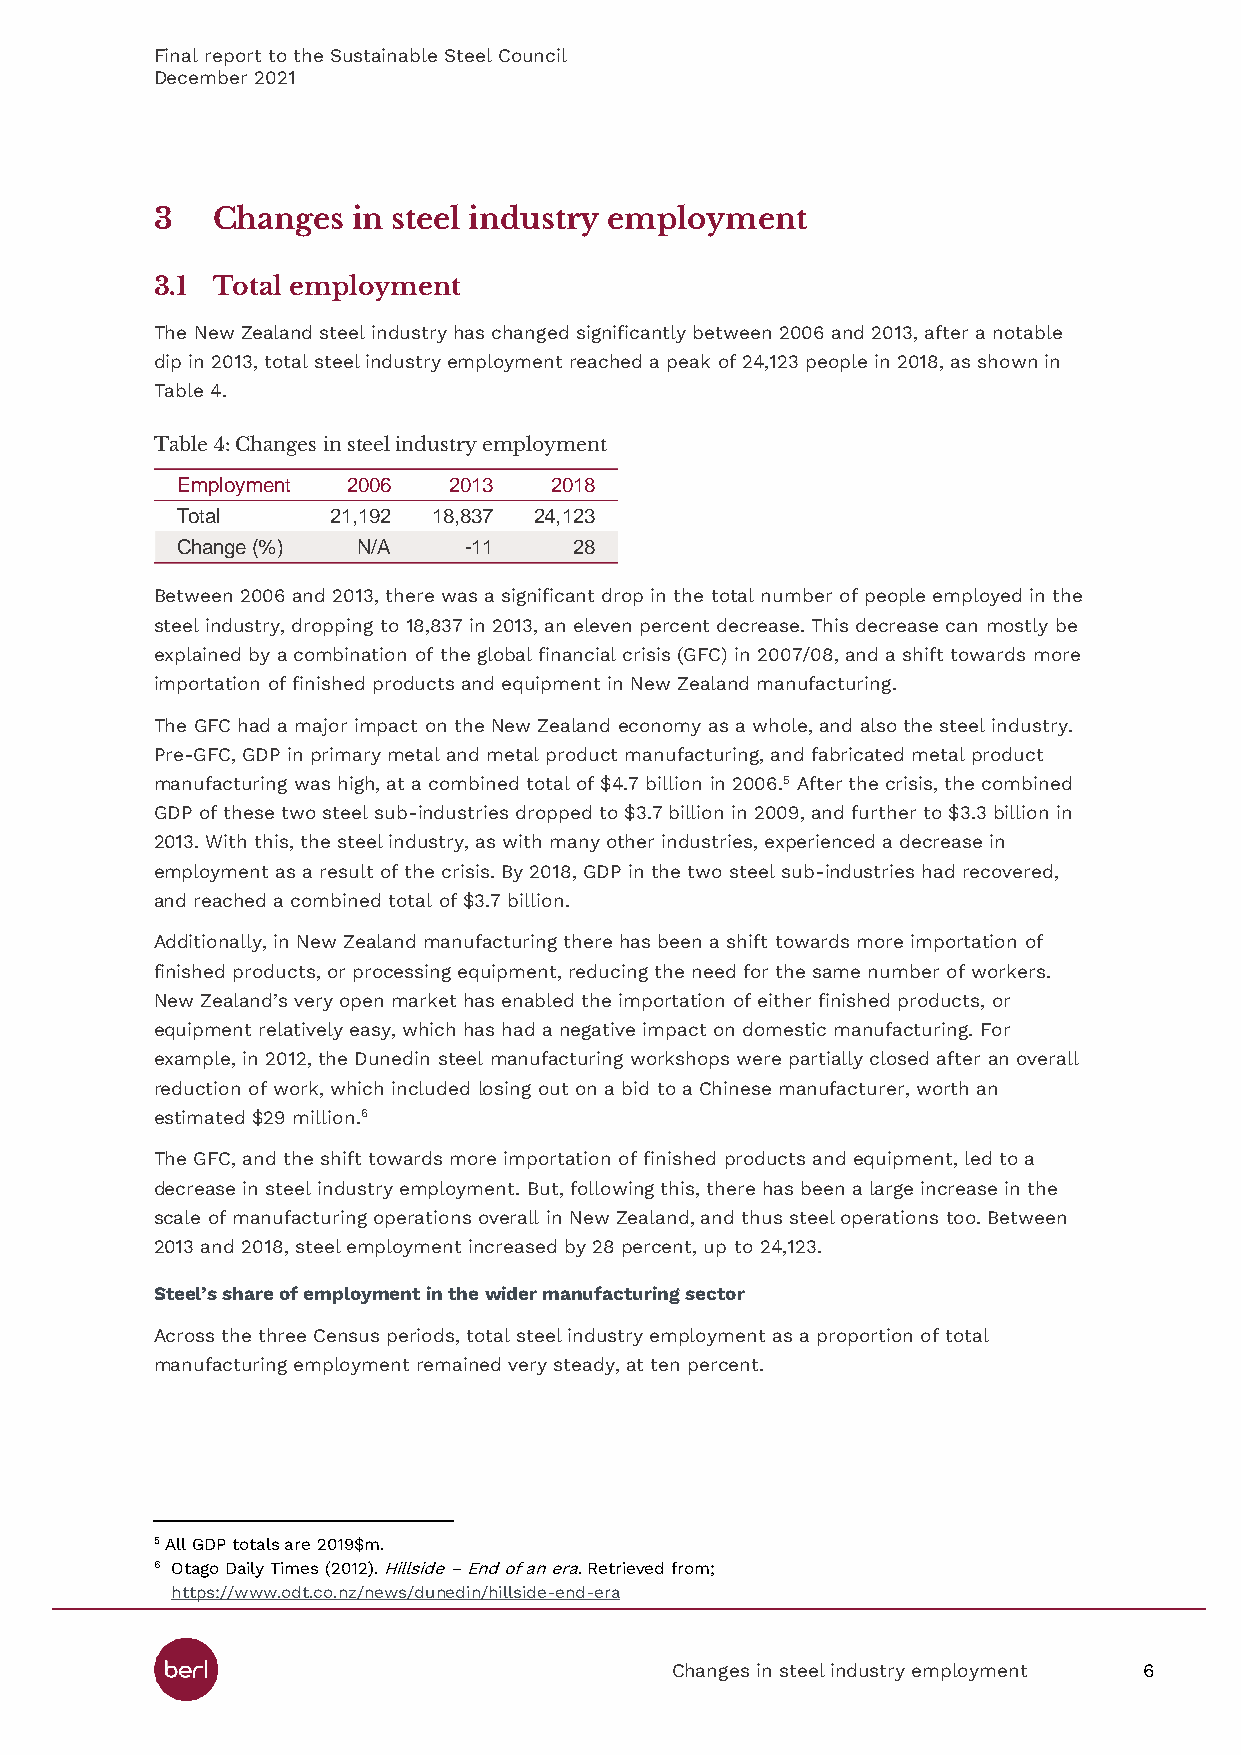
Final report to the Sustainable Steel Council
 December 2021
 3   Changes  in steel industry employment
 3.1 Total employment
 The New Zealand steel industry has changed significantly between 2006 and 2013, after a notable
 dip in 2013, total steel industry employment reached a peak of 24,123 people in 2018, as shown in
 Table 4.
 Table 4: Changes in steel industry employment
 Between 2006 and 2013, there was a significant drop in the total number of people employed in the
 steel industry, dropping to 18,837 in 2013, an eleven percent decrease. This decrease can mostly be
 explained by a combination of the global financial crisis (GFC) in 2007/08, and a shift towards more
 importation of finished products and equipment in New Zealand manufacturing.
 The GFC had a major impact on the New Zealand economy as a whole, and also the steel industry.
 Pre-GFC, GDP in primary metal and metal product manufacturing, and fabricated metal product
 manufacturing was high, at a combined total of $4.7 billion in 2006.5 After the crisis, the combined
 GDP of these two steel sub-industries dropped to $3.7 billion in 2009, and further to $3.3 billion in
 2013. With this, the steel industry, as with many other industries, experienced a decrease in
 employment as a result of the crisis. By 2018, GDP in the two steel sub-industries had recovered,
 and reached a combined total of $3.7 billion.
 Additionally, in New Zealand manufacturing there has been a shift towards more importation of
 finished products, or processing equipment, reducing the need for the same number of workers.
 New Zealand’s very open market has enabled the importation of either finished products, or
 equipment relatively easy, which has had a negative impact on domestic manufacturing. For
 example, in 2012, the Dunedin steel manufacturing workshops were partially closed after an overall
 reduction of work, which included losing out on a bid to a Chinese manufacturer, worth an
 estimated $29 million.6
 The GFC, and the shift towards more importation of finished products and equipment, led to a
 decrease in steel industry employment. But, following this, there has been a large increase in the
 scale of manufacturing operations overall in New Zealand, and thus steel operations too. Between
 2013 and 2018, steel employment increased by 28 percent, up to 24,123.
 Steel’s share of employment in the wider manufacturing sector
 Across the three Census periods, total steel industry employment as a proportion of total
 manufacturing employment remained very steady, at ten percent.
 5 All GDP totals are 2019$m.
 6 Otago Daily Times (2012). Hillside – End of an era. Retrieved from;
 https://www.odt.co.nz/news/dunedin/hillside-end-era
 Changes in steel industry employment 6
 E
 T
 C
 m
 o
 h
 p lo
 ta l
 a n g
 y
 e
 m e
 (%
 n
 )
 t
 2
 2 0
 1 ,1
 N
 0 6
 9 2
 /A
 1
 2 0 1
 8 ,8 3
 -1
 3
 7
 1
 2
 2 0
 4 ,1
 1
 2
 2
 8
 3
 8